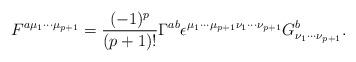
LaTeX: \begin{align*}F^{a{\mu}_{1}{\cdots}{\mu}_{p+1}}=\frac{(-1)^p}{(p+1)!}{\Gamma}^{ab}{\epsilon}^{{\mu}_{1}{\cdots}{\mu}_{p+1}{\nu}_{1}{\cdots}{\nu}_{p+1}}G^{b}_{{\nu}_{1}{\cdots}{\nu}_{p+1}}.\end{align*}